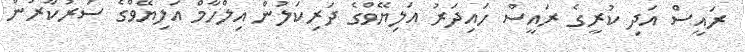
ރައީސް އަދި ކުރީގެ ރައީސް ހައިދަރު އަލިޔޭވްގެ ދަރިކަލުން އިލްހާމް އަލިޔޭވްގެ ސަރުކާރުން